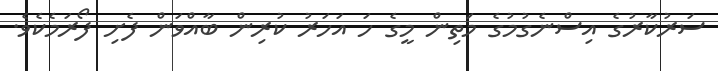
ސަރުކާރުގެ އިސްނެގުމުގެ މަތިން މީގެ ހަ އަހަރު ކުރިން ބާއްވަން ފެށި ފޯރަމެކެވެ.